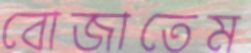
বোজাতেম